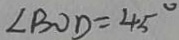
\angle B O D = 4 5 ^ { \circ }